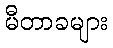
မီတာခများ